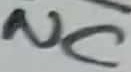
Text: NC